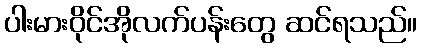
ပါးမားဝိုင်အိုလက်ပန်းတွေ ဆင်ရသည်။